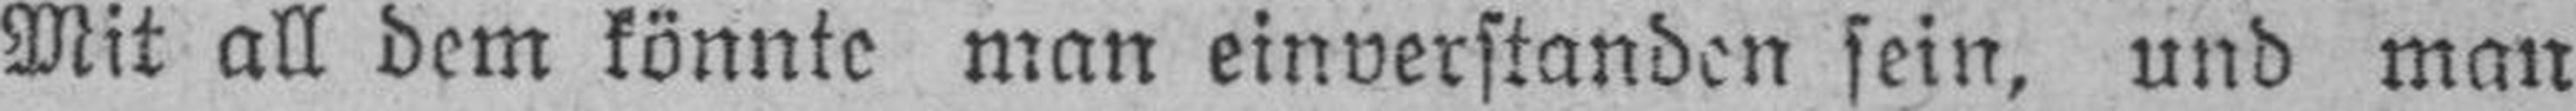
Mit all dem könnte man einverstanden sein, und man